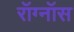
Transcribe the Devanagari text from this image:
रॉग्नॉस